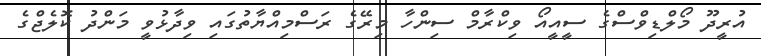
އުރީދޫ މޯލްޑިވްސްގެ ސީއީއޯ ވިކްރާމް ސިންހާ މިރޭގެ ރަސްމިއްޔާތުގައި ވިދާޅުވީ މަންދު ކޮލެޖްގެ